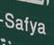
safya